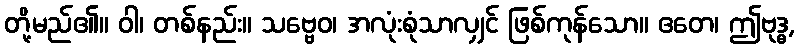
တို့မည်၏။ ဝါ၊ တစ်နည်း။ သဗ္ဗေဝ၊ အလုံးစုံသာလျှင် ဖြစ်ကုန်သော။ ဧတေ၊ ဤဗုဒ္ဓ,